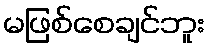
မဖြစ်စေချင်ဘူး